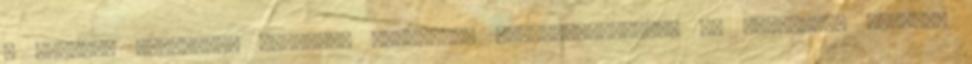
a zenélés örömével, valamint kulcsokat TANMENETJAVASLAT AZ ÁLTALÁNOS ISKOLÁK